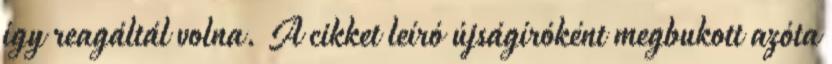
így reagáltál volna. A cikket leíró újságíróként megbukott azóta